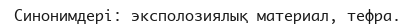
Синонимдері: эксполозиялық материал, тефра.